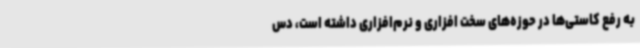
به رفع کاستی‌ها در حوزه‌های سخت افزاری و نرم‌افزاری داشته است، دس